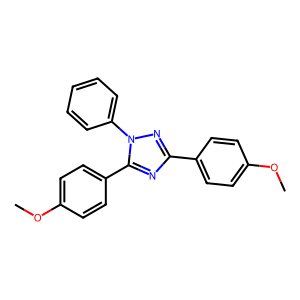
SMILES: COc1ccc(-c2nc(-c3ccc(OC)cc3)n(-c3ccccc3)n2)cc1
Inhibits HIV replication: No